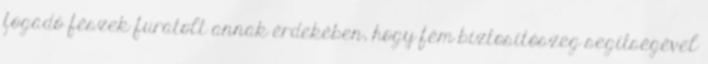
fogadó fészek furatolt annak érdekében, hogy fém biztosítószeg segítségével